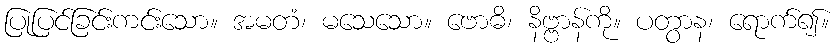
ပြုပြင်ခြင်းကင်းသော။ အမတံ၊ မသေသော။ ဗောဓိ၊ နိဗ္ဗာန်ကို။ ပတွာန၊ ရောက်၍။